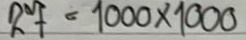
27 = 1000 x 1000